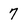
Character: 7